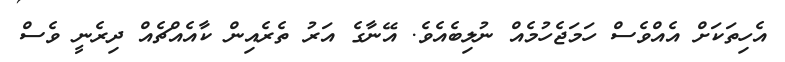
އެހިތަކަށް އެއްވެސް ހަމަޖެހުމެއް ނުލިބެއެވެ. އޭނާގެ އަރު ތެރެއިން ކާއެއްޗެއް ދިރެނީ ވެސް